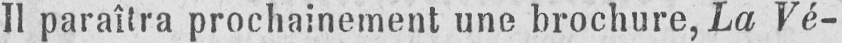
Il paraîtra prochainement une brochure, La Vé-